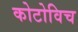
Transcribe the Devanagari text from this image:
कोटोविच